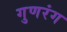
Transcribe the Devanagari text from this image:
गुणरंग